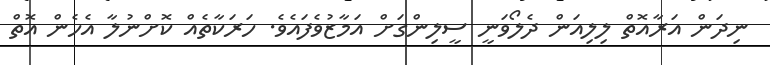
ނިދަން އަރާއޮތް ލިލިއަން ދެލޯވަނީ ސީލިންގަށް އަމާޒުވެފައެވެ. ހަރަކާތެއް ކޮށްނުލާ އެހެން އޮތް